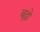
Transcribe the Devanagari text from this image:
बूढ़ो